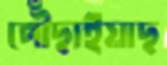
পৌঁছাইয়াছ